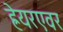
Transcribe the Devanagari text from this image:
ह्रेयरएवर